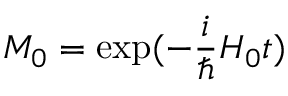
M _ { 0 } = \exp ( - \frac { i } { \hbar } H _ { 0 } t )